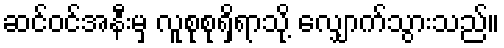
ဆင်ဝင်အနီးမှ လူစုစုရှိရာသို့ လျှောက်သွားသည်။